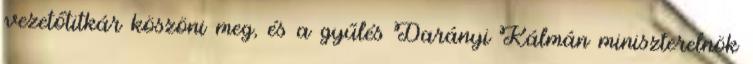
vezetőtitkár köszöni meg, és a gyűlés Darányi Kálmán miniszterelnök